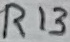
Text: R13